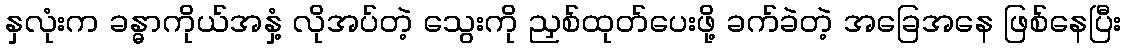
နှလုံးက ခန္ဓာကိုယ်အနှံ့ လိုအပ်တဲ့ သွေးကို ညှစ်ထုတ်ပေးဖို့ ခက်ခဲတဲ့ အခြေအနေ ဖြစ်နေပြီး